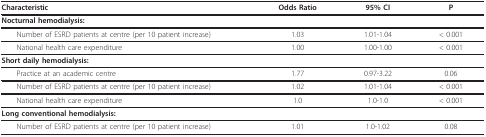
<table><thead><tr><td><b>Characteristic</b></td><td><b>Odds Ratio</b></td><td><b>95% CI</b></td><td><b>P</b></td></tr></thead><tbody><tr><td><b>Nocturnal hemodialysis:</b></td><td></td><td></td><td></td></tr><tr><td> Number of ESRD patients at centre (per 10 patient increase)</td><td>1.03</td><td>1.01-1.04</td><td>&lt; 0.001</td></tr><tr><td> National health care expenditure</td><td>1.00</td><td>1.00-1.00</td><td>&lt; 0.001</td></tr><tr><td><b>Short daily hemodialysis:</b></td><td></td><td></td><td></td></tr><tr><td> Practice at an academic centre</td><td>1.77</td><td>0.97-3.22</td><td>0.06</td></tr><tr><td> Number of ESRD patients at centre (per 10 patient increase)</td><td>1.02</td><td>1.01-1.04</td><td>&lt; 0.001</td></tr><tr><td> National health care expenditure</td><td>1.0</td><td>1.0-1.0</td><td>&lt; 0.001</td></tr><tr><td><b>Long conventional hemodialysis:</b></td><td></td><td></td><td></td></tr><tr><td> Number of ESRD patients at centre (per 10 patient increase)</td><td>1.01</td><td>1.0-1.02</td><td>0.08</td></tr></tbody></table>